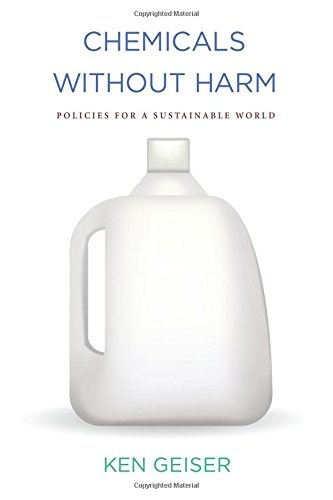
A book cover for Chemicals without Harm: Policies for a Sustainable World (Urban and Industrial Environments); Ken Geiser; Engineering & Transportation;